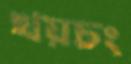
খয়চং